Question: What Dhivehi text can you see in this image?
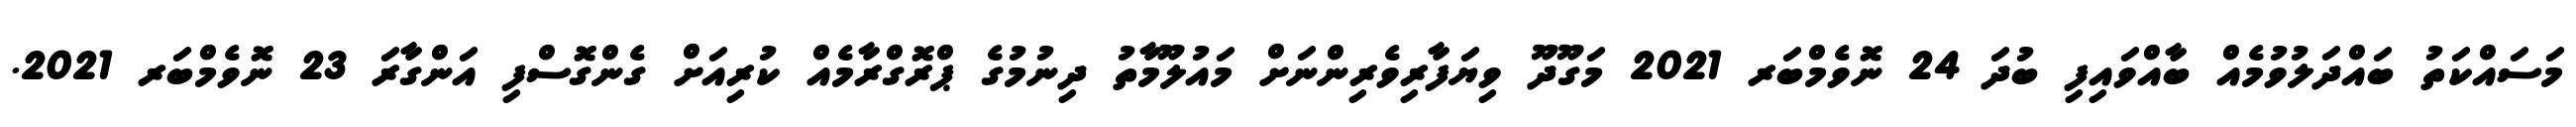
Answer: މަސައްކަތު ބައްދަލުވުމެއް ބާއްވައިފި ބުދަ 24 ނޮވެމްބަރ 2021 މަގޫދޫ ވިޔަފާރިވެރިންނަށް މައުލޫމާތު ދިނުމުގެ ޕްރޮގްރާމެއް ކުރިއަށް ގެންގޮސްފި އަންގާރަ 23 ނޮވެމްބަރ 2021.